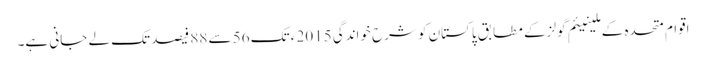
اقوام متحدہ کے ملینیئم گولز کے مطابق پاکستان کو شرح خواندگی 2015 ء تک 56 سے 88 فیصد تک لے جانی ہے۔